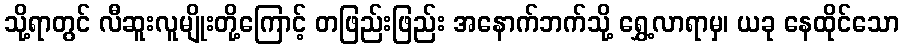
သို့ရာတွင် လီဆူးလူမျိုးတို့ကြောင့် တဖြည်းဖြည်း အနောက်ဘက်သို့ ရွှေ့လာရာမှ၊ ယခု နေထိုင်သော